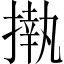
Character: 𢴇